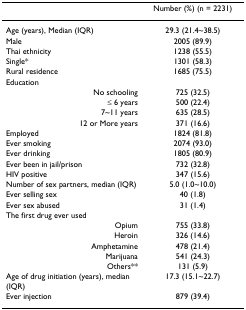
|  | Number (%) (n = 2231) |
 | --- | --- |
 | Age (years), Median (IQR) | 29.3 (21.4~38.5) |
 | Male | 2005 (89.9) |
 | Thai ethnicity | 1238 (55.5) |
 | Single* | 1301 (58.3) |
 | Rural residence | 1685 (75.5) |
 | Education |  |
 | No schooling | 725 (32.5) |
 | ≤ 6 years | 500 (22.4) |
 | 7~11 years | 635 (28.5) |
 | 12 or More years | 371 (16.6) |
 | Employed | 1824 (81.8) |
 | Ever smoking | 2074 (93.0) |
 | Ever drinking | 1805 (80.9) |
 | Ever been in jail/prison | 732 (32.8) |
 | HIV positive | 347 (15.6) |
 | Number of sex partners, median (IQR) | 5.0 (1.0~10.0) |
 | Ever selling sex | 40 (1.8) |
 | Ever sex abused | 31 (1.4) |
 | The first drug ever used |  |
 | Opium | 755 (33.8) |
 | Heroin | 326 (14.6) |
 | Amphetamine | 478 (21.4) |
 | Marijuana | 541 (24.3) |
 | Others** | 131 (5.9) |
 | Age of drug initiation (years), median (IQR) | 17.3 (15.1~22.7) |
 | Ever injection | 879 (39.4) |